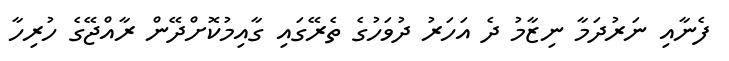
ފެނާއި ނަރުދަމާ ނިޒާމު ދެ އަހަރު ދުވަހުގެ ތެރޭގައި ގާއިމުކޮށްދޭން ރާއްޖޭގެ ހުރިހާ